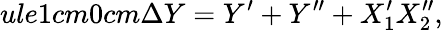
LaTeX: ule{1cm}{0cm}\Delta Y=Y^{\prime}+Y^{\prime\prime}+X_{1}^{\prime}X_{2}^{\prime\prime},